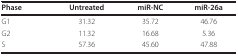
<table><thead><tr><td><b>Phase</b></td><td><b>Untreated </b></td><td><b>miR-NC</b></td><td><b>miR-26a</b></td></tr></thead><tbody><tr><td>G1</td><td>31.32</td><td>35.72</td><td>46.76</td></tr><tr><td>G2</td><td>11.32</td><td>16.68</td><td>5.36</td></tr><tr><td>S</td><td>57.36</td><td>45.60</td><td>47.88</td></tr></tbody></table>